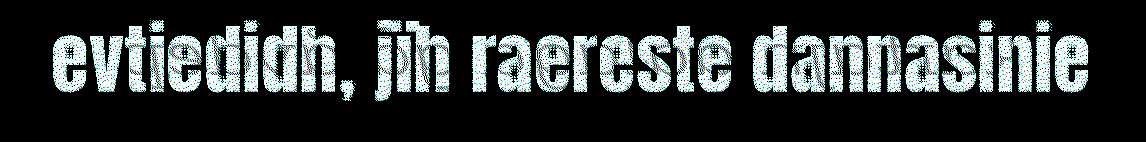
evtiedidh, jïh raereste dannasinie